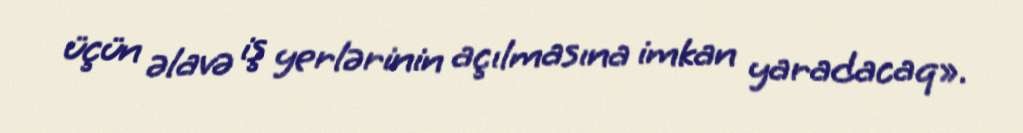
üçün əlavə iş yerlərinin açılmasına imkan yaradacaq».